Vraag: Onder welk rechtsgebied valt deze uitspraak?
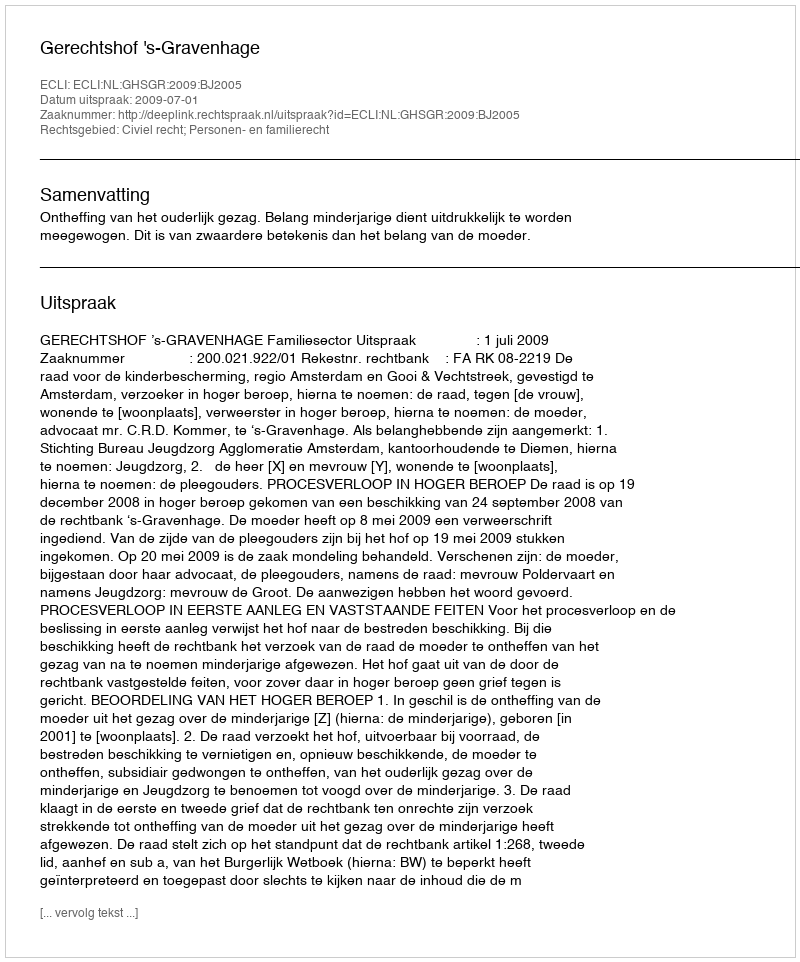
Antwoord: Civiel recht; Personen- en familierecht